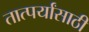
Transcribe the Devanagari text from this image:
तात्पर्यांसाठी